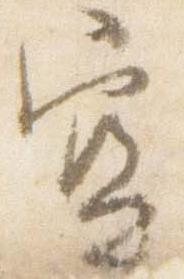
空